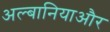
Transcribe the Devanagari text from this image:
अल्बानियाऔर